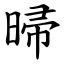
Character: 㫶